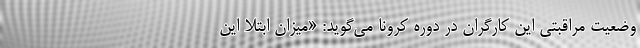
وضعیت مراقبتی این کارگران در دوره کرونا می‌گوید: «میزان ابتلا این